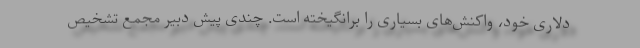
دلاری خود، واکنش‌های بسیاری را برانگیخته است. چندی پیش دبیر مجمع تشخیص